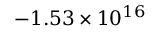
- 1 . 5 3 \times 1 0 ^ { 1 6 }